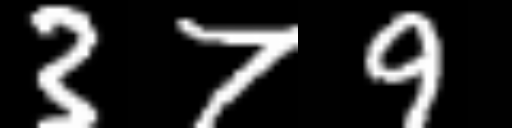
Text: 379